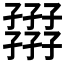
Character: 𡦪